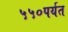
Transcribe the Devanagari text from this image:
५५०पर्यत